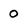
Character: 0